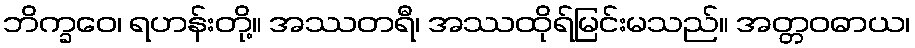
ဘိက္ခဝေ၊ ရဟန်းတို့။ အဿတရီ၊ အဿထိုရ်မြင်းမသည်။ အတ္တဝဓာယ၊